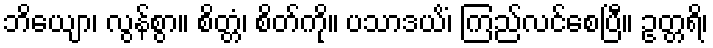
ဘိယျော၊ လွန်စွာ။ စိတ္တံ၊ စိတ်ကို။ ပသာဒယိံ၊ ကြည်လင်စေပြီ။ ဥတ္တရိ၊